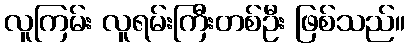
လူကြမ်း လူရမ်းကြီးတစ်ဦး ဖြစ်သည်။